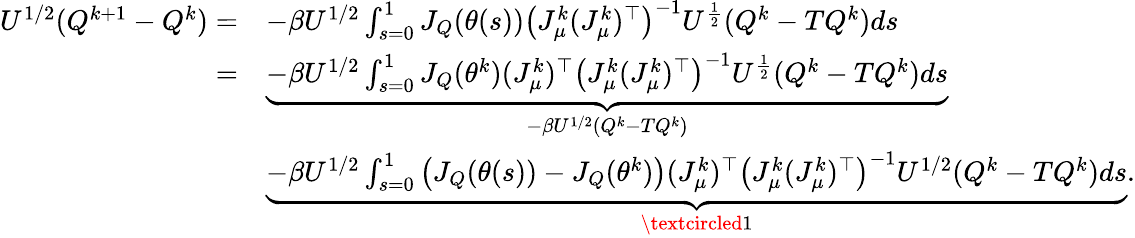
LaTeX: \begin{array}{rl}{U^{1/2}(Q^{k+1}-Q^{k})=}&{-\beta U^{1/2}\int_{s=0}^{1}J_{Q}(\theta(s))\left(J_{\mu}^{k}(J_{\mu}^{k})^{\top}\right)^{-1}U^{\frac{1}{2}}(Q^{k}-TQ^{k})ds}\\ {=}&{\underbrace{-\beta U^{1/2}\int_{s=0}^{1}J_{Q}(\theta^{k})(J_{\mu}^{k})^{\top}\left(J_{\mu}^{k}(J_{\mu}^{k})^{\top}\right)^{-1}U^{\frac{1}{2}}(Q^{k}-TQ^{k})ds}_{-\beta U^{1/2}(Q^{k}-TQ^{k})}}\\ &{\underbrace{-\beta U^{1/2}\int_{s=0}^{1}\left(J_{Q}(\theta(s))-J_{Q}(\theta^{k})\right)(J_{\mu}^{k})^{\top}\left(J_{\mu}^{k}(J_{\mu}^{k})^{\top}\right)^{-1}U^{1/2}(Q^{k}-TQ^{k})ds}_{\textcircled{1}}.}\end{array}